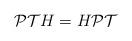
LaTeX: \begin{align*}\mathcal{PT}H= H\mathcal{PT}\end{align*}